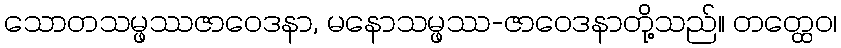
သောတသမ္ဖဿဇာဝေဒနာ, မနောသမ္ဖဿ-ဇာဝေဒနာတို့သည်။ တတ္ထေဝ၊